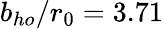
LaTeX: b_{ho}/r_{0}=3.71